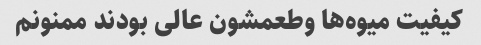
کیفیت میوه‌ها وطعمشون عالی بودند ممنونم